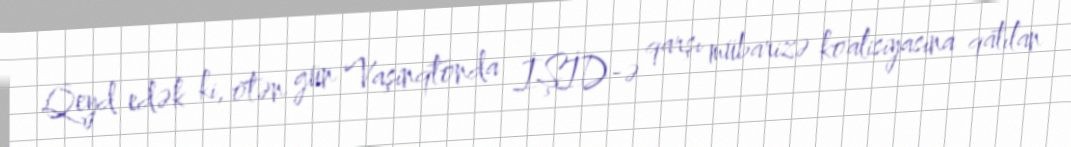
Qeyd edək ki, ötən gün Vaşinqtonda İŞİD-ə qarşı mübarizə koalisiyasına qatılan